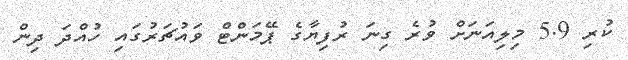
ކުރި 5.9 މިލިއަނަށް ވުރެ ގިނަ ރުފިޔާގެ ޕޭމަންޓް ވައުޗަރުގައި ހުއްދަ ދިން